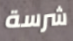
شرسة